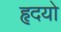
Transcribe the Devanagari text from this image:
हृदयो